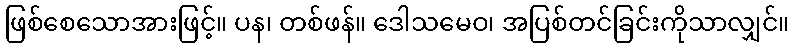
ဖြစ်စေသောအားဖြင့်။ ပန၊ တစ်ဖန်။ ဒေါသမေဝ၊ အပြစ်တင်ခြင်းကိုသာလျှင်။